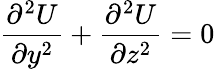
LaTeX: {\frac{\partial^{2}U}{\partial y^{2}}}+{\frac{\partial^{2}U}{\partial z^{2}}}=0